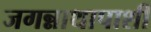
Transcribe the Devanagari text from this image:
जगन्नाथापाशी